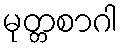
မုတ္တစာဂါ